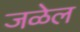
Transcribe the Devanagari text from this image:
जळेल